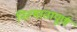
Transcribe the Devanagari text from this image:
निल्मातापूर्ण